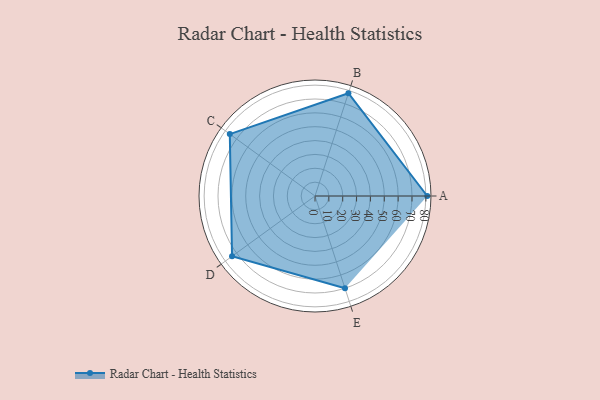
{"axis": {"x": "Skill", "y": "Score"}, "legend": ["Profile"], "data": [{"x": "A", "y": 81.0, "type": "Profile"}, {"x": "B", "y": 78.0, "type": "Profile"}, {"x": "C", "y": 76.0, "type": "Profile"}, {"x": "D", "y": 74.0, "type": "Profile"}, {"x": "E", "y": 70.0, "type": "Profile"}]}